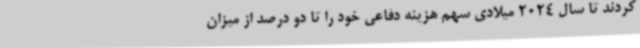
کردند تا سال 2024 میلادی سهم هزینه دفاعی خود را تا دو درصد از میزان